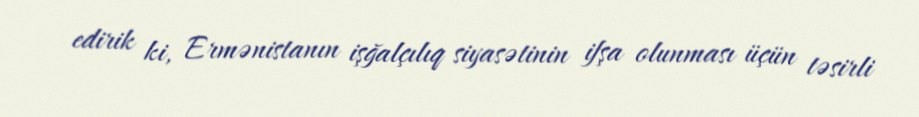
edirik ki, Ermənistanın işğalçılıq siyasətinin ifşa olunması üçün təsirli